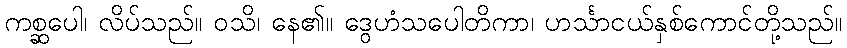
ကစ္ဆပေါ၊ လိပ်သည်။ ဝသိ၊ နေ၏။ ဒွေဟံသပေါတိကာ၊ ဟင်္သာငယ်နှစ်ကောင်တို့သည်။